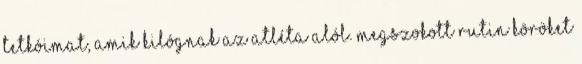
tetkóimat, amik kilógnak az atléta alól. Megszokott rutin köröket